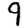
Digit: 9